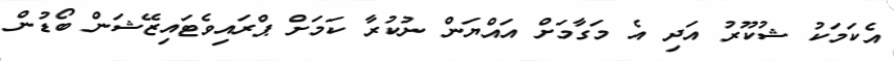
އެކަމަކު ޝުކޫރު އަދި އެ މަގާމަށް އައްޔަން ނުކުރާ ކަމަށް ޕްރައިވެޓައިޒޭޝަން ބޯޑުން